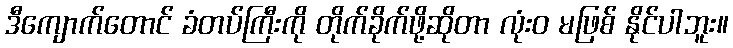
ဒီကျောက်တောင် ခံတပ်ကြီးကို တိုက်ခိုက်ဖို့ဆိုတာ လုံးဝ မဖြစ် နိုင်ပါဘူး။